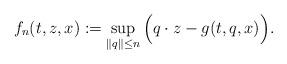
LaTeX: \begin{align*}f_n(t,z,x):=\sup_{ \|q\|\le n}\Big(q \cdot z - g(t,q,x) \Big).\end{align*}